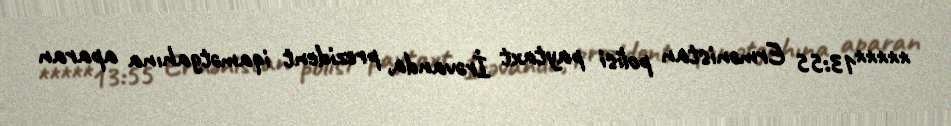
*****13:55 Ermənistan polisi paytaxt İrəvanda, prezident iqamətgahına aparan